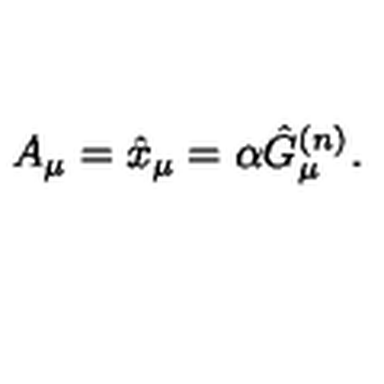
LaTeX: A _ { \mu } = \hat { x } _ { \mu } = \alpha \hat { G } _ { \mu } ^ { ( n ) } .